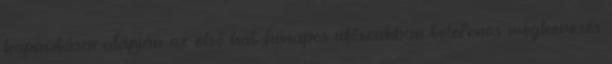
kapacitásai alapján az első hat hónapos időszakban telefonos megkeresés